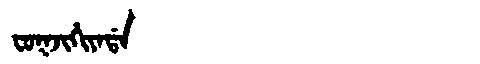
Manchu: ᠸᠣᡴᠵᡳᡥᡳᠶᠠᡩᠠ
Romanization: FOKJIHIYADA